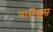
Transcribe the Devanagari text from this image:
मार्सेल्लूस